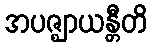
အပဇ္ဈာယန္တီတိ